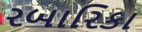
રબારિકા